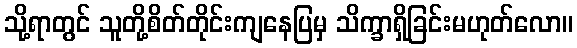
သို့ရာတွင် သူတို့စိတ်တိုင်းကျနေပြမှ သိက္ခာရှိခြင်းမဟုတ်လော။